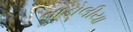
નાડોલીયા